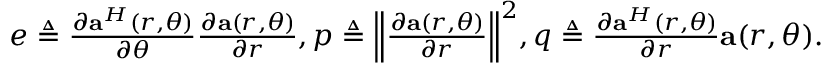
\begin{array} { r } { e \triangleq \frac { { \partial { { \bf { a } } ^ { H } } ( r , \theta ) } } { { \partial \theta } } \frac { { \partial { \bf { a } } ( r , \theta ) } } { { \partial r } } , p \triangleq { \left\| { \frac { { \partial { \bf { a } } ( r , \theta ) } } { { \partial r } } } \right\| ^ { 2 } } , q \triangleq \frac { { \partial { { \bf { a } } ^ { H } } ( r , \theta ) } } { { \partial r } } { \bf { a } } ( r , \theta ) . } \end{array}